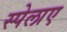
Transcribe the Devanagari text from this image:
स्पेलाए